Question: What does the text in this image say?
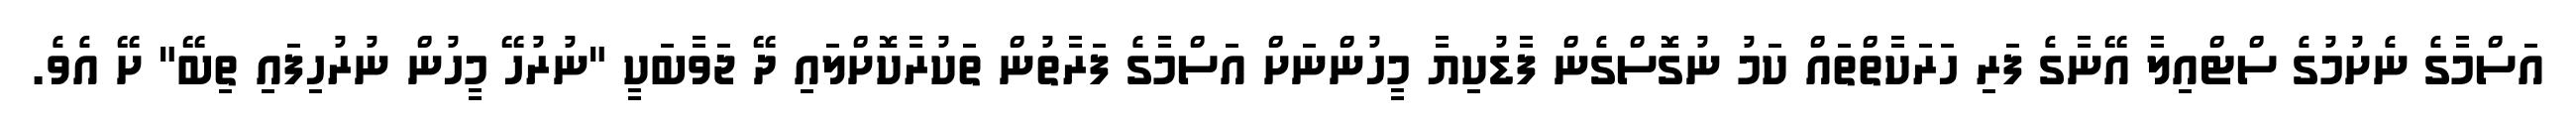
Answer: އަސްމާގެ ނެށުމުގެ ސްޓްއިލާ އޭނާގެ ފަރި ހަރަކާތްތައް ކަމު ނުގޮސްގެން ފާޑުކިޔާ މީހުންނަށް އަސްމާގެ ފަރާތުން ތަކުރާކޮށްލައި ދޭ ޖަވާބަކީ "ނުރުހޭ މީހުން ނުރުހިފައި ތިބޭ" ށޭ އެވެ.